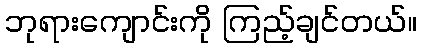
ဘုရားကျောင်းကို ကြည့်ချင်တယ်။